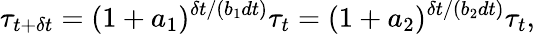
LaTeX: \tau_{t+\delta t}=(1+a_{1})^{\delta t/(b_{1}dt)}\tau_{t}=(1+a_{2})^{\delta t/(b_{2}dt)}\tau_{t},